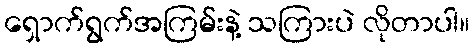
ရှောက်ရွက်အကြမ်းနဲ့ သကြားပဲ လိုတာပါ။